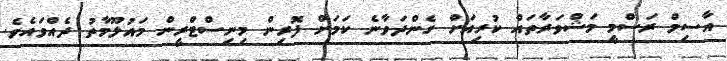
އާސިމް ރަސްމީ މަޝްވަރާތައް ކުރިއަށް ގެންދަވާނެ ކަމަށް ފޮރިން މިނިސްޓްރީން މައުލޫމާތު ދެއްވައެވެ.